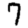
Digit: 7